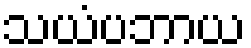
သယံပဘာယ